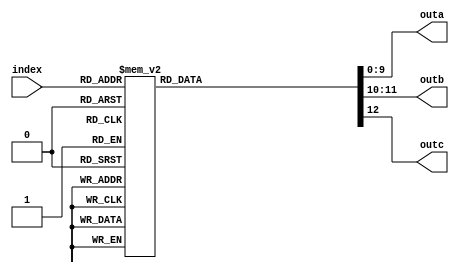
// DESCRIPTION: Verilator: Verilog Test module
//
// This file ONLY is placed into the Public Domain, for any use,
// without warranty, 2005 by Wilson Snyder.

module t_case_huge_sub (/*AUTOARG*/
   // Outputs
   outa, outb, outc,
   // Inputs
   index
   );

   input [7:0] index;
   output [9:0] outa;
   output [1:0] outb;
   output 	outc;

   // =============================
   /*AUTOREG*/
   // Beginning of automatic regs (for this module's undeclared outputs)
   reg [9:0]		outa;
   reg [1:0]		outb;
   reg			outc;
   // End of automatics

   // =============================
   // Created from perl
   // for $i (0..1023) { printf "\t10'h%03x: begin outa = 10'h%03x; outb = 2'b%02b; outc = 1'b%d; end\n", $i, rand(1024),rand(4),rand(2); };

   always @(/*AS*/index) begin
      case (index)
	8'h00: begin outa = 10'h152; outb = 2'b00; outc = 1'b1; end
	8'h01: begin outa = 10'h318; outb = 2'b11; outc = 1'b1; end
	8'h02: begin outa = 10'h29f; outb = 2'b11; outc = 1'b0; end
	8'h03: begin outa = 10'h392; outb = 2'b01; outc = 1'b1; end
	8'h04: begin outa = 10'h1ef; outb = 2'b00; outc = 1'b0; end
	8'h05: begin outa = 10'h06c; outb = 2'b10; outc = 1'b1; end
	8'h06: begin outa = 10'h29f; outb = 2'b11; outc = 1'b0; end
	8'h07: begin outa = 10'h29a; outb = 2'b10; outc = 1'b0; end
	8'h08: begin outa = 10'h3ce; outb = 2'b01; outc = 1'b0; end
	8'h09: begin outa = 10'h37c; outb = 2'b01; outc = 1'b0; end
	8'h0a: begin outa = 10'h058; outb = 2'b10; outc = 1'b0; end
	8'h0b: begin outa = 10'h3b2; outb = 2'b01; outc = 1'b1; end
	8'h0c: begin outa = 10'h36f; outb = 2'b11; outc = 1'b0; end
	8'h0d: begin outa = 10'h2c5; outb = 2'b11; outc = 1'b0; end
	8'h0e: begin outa = 10'h23a; outb = 2'b00; outc = 1'b0; end
	8'h0f: begin outa = 10'h222; outb = 2'b01; outc = 1'b1; end
	8'h10: begin outa = 10'h328; outb = 2'b00; outc = 1'b1; end
	8'h11: begin outa = 10'h3c3; outb = 2'b00; outc = 1'b1; end
	8'h12: begin outa = 10'h12c; outb = 2'b01; outc = 1'b0; end
	8'h13: begin outa = 10'h1d0; outb = 2'b00; outc = 1'b1; end
	8'h14: begin outa = 10'h3ff; outb = 2'b01; outc = 1'b1; end
	8'h15: begin outa = 10'h115; outb = 2'b11; outc = 1'b1; end
	8'h16: begin outa = 10'h3ba; outb = 2'b10; outc = 1'b0; end
	8'h17: begin outa = 10'h3ba; outb = 2'b00; outc = 1'b0; end
	8'h18: begin outa = 10'h10d; outb = 2'b00; outc = 1'b1; end
	8'h19: begin outa = 10'h13b; outb = 2'b01; outc = 1'b1; end
	8'h1a: begin outa = 10'h0a0; outb = 2'b10; outc = 1'b1; end
	8'h1b: begin outa = 10'h264; outb = 2'b11; outc = 1'b0; end
	8'h1c: begin outa = 10'h3a2; outb = 2'b10; outc = 1'b0; end
	8'h1d: begin outa = 10'h07c; outb = 2'b00; outc = 1'b1; end
	8'h1e: begin outa = 10'h291; outb = 2'b00; outc = 1'b0; end
	8'h1f: begin outa = 10'h1d1; outb = 2'b10; outc = 1'b0; end
	8'h20: begin outa = 10'h354; outb = 2'b11; outc = 1'b1; end
	8'h21: begin outa = 10'h0c0; outb = 2'b00; outc = 1'b1; end
	8'h22: begin outa = 10'h191; outb = 2'b00; outc = 1'b0; end
	8'h23: begin outa = 10'h379; outb = 2'b01; outc = 1'b0; end
	8'h24: begin outa = 10'h073; outb = 2'b00; outc = 1'b0; end
	8'h25: begin outa = 10'h2fd; outb = 2'b11; outc = 1'b1; end
	8'h26: begin outa = 10'h2e0; outb = 2'b11; outc = 1'b1; end
	8'h27: begin outa = 10'h337; outb = 2'b01; outc = 1'b1; end
	8'h28: begin outa = 10'h2c7; outb = 2'b11; outc = 1'b1; end
	8'h29: begin outa = 10'h19e; outb = 2'b11; outc = 1'b0; end
	8'h2a: begin outa = 10'h107; outb = 2'b10; outc = 1'b0; end
	8'h2b: begin outa = 10'h06a; outb = 2'b01; outc = 1'b1; end
	8'h2c: begin outa = 10'h1c7; outb = 2'b01; outc = 1'b1; end
	8'h2d: begin outa = 10'h107; outb = 2'b10; outc = 1'b0; end
	8'h2e: begin outa = 10'h0cf; outb = 2'b01; outc = 1'b1; end
	8'h2f: begin outa = 10'h009; outb = 2'b11; outc = 1'b1; end
	8'h30: begin outa = 10'h09d; outb = 2'b00; outc = 1'b1; end
	8'h31: begin outa = 10'h28e; outb = 2'b00; outc = 1'b0; end
	8'h32: begin outa = 10'h010; outb = 2'b01; outc = 1'b0; end
	8'h33: begin outa = 10'h1e0; outb = 2'b10; outc = 1'b0; end
	8'h34: begin outa = 10'h079; outb = 2'b01; outc = 1'b1; end
	8'h35: begin outa = 10'h13e; outb = 2'b10; outc = 1'b1; end
	8'h36: begin outa = 10'h282; outb = 2'b11; outc = 1'b0; end
	8'h37: begin outa = 10'h21c; outb = 2'b11; outc = 1'b1; end
	8'h38: begin outa = 10'h148; outb = 2'b00; outc = 1'b1; end
	8'h39: begin outa = 10'h3c0; outb = 2'b10; outc = 1'b0; end
	8'h3a: begin outa = 10'h176; outb = 2'b01; outc = 1'b1; end
	8'h3b: begin outa = 10'h3fc; outb = 2'b10; outc = 1'b1; end
	8'h3c: begin outa = 10'h295; outb = 2'b11; outc = 1'b1; end
	8'h3d: begin outa = 10'h113; outb = 2'b10; outc = 1'b1; end
	8'h3e: begin outa = 10'h354; outb = 2'b01; outc = 1'b1; end
	8'h3f: begin outa = 10'h0db; outb = 2'b11; outc = 1'b0; end
	8'h40: begin outa = 10'h238; outb = 2'b01; outc = 1'b0; end
	8'h41: begin outa = 10'h12b; outb = 2'b01; outc = 1'b1; end
	8'h42: begin outa = 10'h1dc; outb = 2'b10; outc = 1'b0; end
	8'h43: begin outa = 10'h137; outb = 2'b01; outc = 1'b1; end
	8'h44: begin outa = 10'h1e2; outb = 2'b01; outc = 1'b1; end
	8'h45: begin outa = 10'h3d5; outb = 2'b11; outc = 1'b1; end
	8'h46: begin outa = 10'h30c; outb = 2'b11; outc = 1'b0; end
	8'h47: begin outa = 10'h298; outb = 2'b11; outc = 1'b0; end
	8'h48: begin outa = 10'h080; outb = 2'b00; outc = 1'b1; end
	8'h49: begin outa = 10'h35a; outb = 2'b11; outc = 1'b1; end
	8'h4a: begin outa = 10'h01b; outb = 2'b00; outc = 1'b0; end
	8'h4b: begin outa = 10'h0a3; outb = 2'b11; outc = 1'b0; end
	8'h4c: begin outa = 10'h0b3; outb = 2'b11; outc = 1'b1; end
	8'h4d: begin outa = 10'h17a; outb = 2'b00; outc = 1'b0; end
	8'h4e: begin outa = 10'h3ae; outb = 2'b11; outc = 1'b0; end
	8'h4f: begin outa = 10'h078; outb = 2'b11; outc = 1'b0; end
	8'h50: begin outa = 10'h322; outb = 2'b00; outc = 1'b1; end
	8'h51: begin outa = 10'h213; outb = 2'b11; outc = 1'b0; end
	8'h52: begin outa = 10'h11a; outb = 2'b11; outc = 1'b0; end
	8'h53: begin outa = 10'h1a7; outb = 2'b00; outc = 1'b0; end
	8'h54: begin outa = 10'h35a; outb = 2'b00; outc = 1'b1; end
	8'h55: begin outa = 10'h233; outb = 2'b00; outc = 1'b0; end
	8'h56: begin outa = 10'h01d; outb = 2'b01; outc = 1'b1; end
	8'h57: begin outa = 10'h2d5; outb = 2'b00; outc = 1'b0; end
	8'h58: begin outa = 10'h1a0; outb = 2'b00; outc = 1'b1; end
	8'h59: begin outa = 10'h3d0; outb = 2'b00; outc = 1'b1; end
	8'h5a: begin outa = 10'h181; outb = 2'b01; outc = 1'b1; end
	8'h5b: begin outa = 10'h219; outb = 2'b01; outc = 1'b1; end
	8'h5c: begin outa = 10'h26a; outb = 2'b01; outc = 1'b1; end
	8'h5d: begin outa = 10'h050; outb = 2'b10; outc = 1'b0; end
	8'h5e: begin outa = 10'h189; outb = 2'b10; outc = 1'b0; end
	8'h5f: begin outa = 10'h1eb; outb = 2'b01; outc = 1'b1; end
	8'h60: begin outa = 10'h224; outb = 2'b00; outc = 1'b1; end
	8'h61: begin outa = 10'h2fe; outb = 2'b00; outc = 1'b0; end
	8'h62: begin outa = 10'h0ae; outb = 2'b00; outc = 1'b1; end
	8'h63: begin outa = 10'h1cd; outb = 2'b00; outc = 1'b0; end
	8'h64: begin outa = 10'h273; outb = 2'b10; outc = 1'b1; end
	8'h65: begin outa = 10'h268; outb = 2'b10; outc = 1'b0; end
	8'h66: begin outa = 10'h111; outb = 2'b01; outc = 1'b0; end
	8'h67: begin outa = 10'h1f9; outb = 2'b00; outc = 1'b0; end
	8'h68: begin outa = 10'h232; outb = 2'b00; outc = 1'b1; end
	8'h69: begin outa = 10'h255; outb = 2'b11; outc = 1'b0; end
	8'h6a: begin outa = 10'h34c; outb = 2'b01; outc = 1'b1; end
	8'h6b: begin outa = 10'h049; outb = 2'b01; outc = 1'b1; end
	8'h6c: begin outa = 10'h197; outb = 2'b11; outc = 1'b0; end
	8'h6d: begin outa = 10'h0fe; outb = 2'b11; outc = 1'b0; end
	8'h6e: begin outa = 10'h253; outb = 2'b01; outc = 1'b1; end
	8'h6f: begin outa = 10'h2de; outb = 2'b11; outc = 1'b0; end
	8'h70: begin outa = 10'h13b; outb = 2'b10; outc = 1'b1; end
	8'h71: begin outa = 10'h040; outb = 2'b10; outc = 1'b0; end
	8'h72: begin outa = 10'h0b4; outb = 2'b00; outc = 1'b1; end
	8'h73: begin outa = 10'h233; outb = 2'b11; outc = 1'b1; end
	8'h74: begin outa = 10'h198; outb = 2'b00; outc = 1'b1; end
	8'h75: begin outa = 10'h018; outb = 2'b00; outc = 1'b1; end
	8'h76: begin outa = 10'h2f7; outb = 2'b00; outc = 1'b1; end
	8'h77: begin outa = 10'h134; outb = 2'b11; outc = 1'b0; end
	8'h78: begin outa = 10'h1ca; outb = 2'b10; outc = 1'b0; end
	8'h79: begin outa = 10'h286; outb = 2'b10; outc = 1'b1; end
	8'h7a: begin outa = 10'h0e6; outb = 2'b11; outc = 1'b1; end
	8'h7b: begin outa = 10'h064; outb = 2'b10; outc = 1'b1; end
	8'h7c: begin outa = 10'h257; outb = 2'b00; outc = 1'b1; end
	8'h7d: begin outa = 10'h31a; outb = 2'b10; outc = 1'b1; end
	8'h7e: begin outa = 10'h247; outb = 2'b01; outc = 1'b0; end
	8'h7f: begin outa = 10'h299; outb = 2'b00; outc = 1'b0; end
	8'h80: begin outa = 10'h02c; outb = 2'b00; outc = 1'b0; end
	8'h81: begin outa = 10'h2bb; outb = 2'b11; outc = 1'b0; end
	8'h82: begin outa = 10'h180; outb = 2'b10; outc = 1'b0; end
	8'h83: begin outa = 10'h245; outb = 2'b01; outc = 1'b1; end
	8'h84: begin outa = 10'h0da; outb = 2'b10; outc = 1'b0; end
	8'h85: begin outa = 10'h367; outb = 2'b10; outc = 1'b0; end
	8'h86: begin outa = 10'h304; outb = 2'b01; outc = 1'b0; end
	8'h87: begin outa = 10'h38b; outb = 2'b11; outc = 1'b0; end
	8'h88: begin outa = 10'h09f; outb = 2'b01; outc = 1'b0; end
	8'h89: begin outa = 10'h1f0; outb = 2'b10; outc = 1'b1; end
	8'h8a: begin outa = 10'h281; outb = 2'b10; outc = 1'b1; end
	8'h8b: begin outa = 10'h019; outb = 2'b00; outc = 1'b0; end
	8'h8c: begin outa = 10'h1f2; outb = 2'b10; outc = 1'b0; end
	8'h8d: begin outa = 10'h0b1; outb = 2'b01; outc = 1'b1; end
	8'h8e: begin outa = 10'h058; outb = 2'b01; outc = 1'b1; end
	8'h8f: begin outa = 10'h39b; outb = 2'b00; outc = 1'b1; end
	8'h90: begin outa = 10'h2ec; outb = 2'b10; outc = 1'b1; end
	8'h91: begin outa = 10'h250; outb = 2'b00; outc = 1'b1; end
	8'h92: begin outa = 10'h3f4; outb = 2'b10; outc = 1'b1; end
	8'h93: begin outa = 10'h057; outb = 2'b10; outc = 1'b1; end
	8'h94: begin outa = 10'h18f; outb = 2'b01; outc = 1'b1; end
	8'h95: begin outa = 10'h105; outb = 2'b01; outc = 1'b1; end
	8'h96: begin outa = 10'h1ae; outb = 2'b00; outc = 1'b1; end
	8'h97: begin outa = 10'h04e; outb = 2'b10; outc = 1'b0; end
	8'h98: begin outa = 10'h240; outb = 2'b11; outc = 1'b0; end
	8'h99: begin outa = 10'h3e4; outb = 2'b01; outc = 1'b0; end
	8'h9a: begin outa = 10'h3c6; outb = 2'b01; outc = 1'b0; end
	8'h9b: begin outa = 10'h109; outb = 2'b00; outc = 1'b1; end
	8'h9c: begin outa = 10'h073; outb = 2'b10; outc = 1'b1; end
	8'h9d: begin outa = 10'h19f; outb = 2'b01; outc = 1'b0; end
	8'h9e: begin outa = 10'h3b8; outb = 2'b01; outc = 1'b0; end
	8'h9f: begin outa = 10'h00e; outb = 2'b00; outc = 1'b1; end
	8'ha0: begin outa = 10'h1b3; outb = 2'b11; outc = 1'b1; end
	8'ha1: begin outa = 10'h2bd; outb = 2'b11; outc = 1'b0; end
	8'ha2: begin outa = 10'h324; outb = 2'b00; outc = 1'b1; end
	8'ha3: begin outa = 10'h343; outb = 2'b10; outc = 1'b0; end
	8'ha4: begin outa = 10'h1c9; outb = 2'b01; outc = 1'b0; end
	8'ha5: begin outa = 10'h185; outb = 2'b00; outc = 1'b1; end
	8'ha6: begin outa = 10'h37a; outb = 2'b00; outc = 1'b1; end
	8'ha7: begin outa = 10'h0e0; outb = 2'b01; outc = 1'b1; end
	8'ha8: begin outa = 10'h0a3; outb = 2'b10; outc = 1'b0; end
	8'ha9: begin outa = 10'h019; outb = 2'b11; outc = 1'b0; end
	8'haa: begin outa = 10'h099; outb = 2'b00; outc = 1'b1; end
	8'hab: begin outa = 10'h376; outb = 2'b01; outc = 1'b1; end
	8'hac: begin outa = 10'h077; outb = 2'b00; outc = 1'b1; end
	8'had: begin outa = 10'h2b1; outb = 2'b11; outc = 1'b1; end
	8'hae: begin outa = 10'h27f; outb = 2'b00; outc = 1'b0; end
	8'haf: begin outa = 10'h265; outb = 2'b11; outc = 1'b0; end
	8'hb0: begin outa = 10'h156; outb = 2'b10; outc = 1'b1; end
	8'hb1: begin outa = 10'h1ce; outb = 2'b00; outc = 1'b0; end
	8'hb2: begin outa = 10'h008; outb = 2'b01; outc = 1'b0; end
	8'hb3: begin outa = 10'h12e; outb = 2'b11; outc = 1'b1; end
	8'hb4: begin outa = 10'h199; outb = 2'b11; outc = 1'b0; end
	8'hb5: begin outa = 10'h330; outb = 2'b10; outc = 1'b0; end
	8'hb6: begin outa = 10'h1ab; outb = 2'b01; outc = 1'b1; end
	8'hb7: begin outa = 10'h3bd; outb = 2'b00; outc = 1'b0; end
	8'hb8: begin outa = 10'h0ca; outb = 2'b10; outc = 1'b0; end
	8'hb9: begin outa = 10'h367; outb = 2'b00; outc = 1'b0; end
	8'hba: begin outa = 10'h334; outb = 2'b00; outc = 1'b0; end
	8'hbb: begin outa = 10'h040; outb = 2'b00; outc = 1'b1; end
	8'hbc: begin outa = 10'h1a7; outb = 2'b10; outc = 1'b1; end
	8'hbd: begin outa = 10'h036; outb = 2'b11; outc = 1'b1; end
	8'hbe: begin outa = 10'h223; outb = 2'b11; outc = 1'b1; end
	8'hbf: begin outa = 10'h075; outb = 2'b01; outc = 1'b0; end
	8'hc0: begin outa = 10'h3c4; outb = 2'b00; outc = 1'b1; end
	8'hc1: begin outa = 10'h2cc; outb = 2'b01; outc = 1'b0; end
	8'hc2: begin outa = 10'h123; outb = 2'b01; outc = 1'b0; end
	8'hc3: begin outa = 10'h3fd; outb = 2'b01; outc = 1'b1; end
	8'hc4: begin outa = 10'h11e; outb = 2'b00; outc = 1'b0; end
	8'hc5: begin outa = 10'h27c; outb = 2'b11; outc = 1'b1; end
	8'hc6: begin outa = 10'h1e2; outb = 2'b11; outc = 1'b0; end
	8'hc7: begin outa = 10'h377; outb = 2'b11; outc = 1'b0; end
	8'hc8: begin outa = 10'h33a; outb = 2'b11; outc = 1'b0; end
	8'hc9: begin outa = 10'h32d; outb = 2'b11; outc = 1'b1; end
	8'hca: begin outa = 10'h014; outb = 2'b11; outc = 1'b0; end
	8'hcb: begin outa = 10'h332; outb = 2'b10; outc = 1'b0; end
	8'hcc: begin outa = 10'h359; outb = 2'b00; outc = 1'b0; end
	8'hcd: begin outa = 10'h0a4; outb = 2'b10; outc = 1'b1; end
	8'hce: begin outa = 10'h348; outb = 2'b00; outc = 1'b1; end
	8'hcf: begin outa = 10'h04b; outb = 2'b11; outc = 1'b1; end
	8'hd0: begin outa = 10'h147; outb = 2'b10; outc = 1'b1; end
	8'hd1: begin outa = 10'h026; outb = 2'b00; outc = 1'b1; end
	8'hd2: begin outa = 10'h103; outb = 2'b00; outc = 1'b0; end
	8'hd3: begin outa = 10'h106; outb = 2'b00; outc = 1'b1; end
	8'hd4: begin outa = 10'h35a; outb = 2'b00; outc = 1'b0; end
	8'hd5: begin outa = 10'h254; outb = 2'b01; outc = 1'b0; end
	8'hd6: begin outa = 10'h0cd; outb = 2'b01; outc = 1'b0; end
	8'hd7: begin outa = 10'h17c; outb = 2'b11; outc = 1'b1; end
	8'hd8: begin outa = 10'h37e; outb = 2'b10; outc = 1'b1; end
	8'hd9: begin outa = 10'h0a9; outb = 2'b11; outc = 1'b1; end
	8'hda: begin outa = 10'h0fe; outb = 2'b01; outc = 1'b0; end
	8'hdb: begin outa = 10'h3c0; outb = 2'b11; outc = 1'b1; end
	8'hdc: begin outa = 10'h1d9; outb = 2'b10; outc = 1'b1; end
	8'hdd: begin outa = 10'h10e; outb = 2'b00; outc = 1'b1; end
	8'hde: begin outa = 10'h394; outb = 2'b01; outc = 1'b0; end
	8'hdf: begin outa = 10'h316; outb = 2'b01; outc = 1'b0; end
	8'he0: begin outa = 10'h05b; outb = 2'b11; outc = 1'b0; end
	8'he1: begin outa = 10'h126; outb = 2'b01; outc = 1'b1; end
	8'he2: begin outa = 10'h369; outb = 2'b11; outc = 1'b0; end
	8'he3: begin outa = 10'h291; outb = 2'b10; outc = 1'b1; end
	8'he4: begin outa = 10'h2ca; outb = 2'b00; outc = 1'b1; end
	8'he5: begin outa = 10'h25b; outb = 2'b01; outc = 1'b1; end
	8'he6: begin outa = 10'h106; outb = 2'b00; outc = 1'b0; end
	8'he7: begin outa = 10'h172; outb = 2'b11; outc = 1'b1; end
	8'he8: begin outa = 10'h2f7; outb = 2'b00; outc = 1'b1; end
	8'he9: begin outa = 10'h2d3; outb = 2'b11; outc = 1'b1; end
	8'hea: begin outa = 10'h182; outb = 2'b00; outc = 1'b0; end
	8'heb: begin outa = 10'h327; outb = 2'b00; outc = 1'b1; end
	8'hec: begin outa = 10'h1d0; outb = 2'b10; outc = 1'b0; end
	8'hed: begin outa = 10'h204; outb = 2'b00; outc = 1'b1; end
	8'hee: begin outa = 10'h11f; outb = 2'b00; outc = 1'b1; end
	8'hef: begin outa = 10'h365; outb = 2'b11; outc = 1'b1; end
	8'hf0: begin outa = 10'h2c2; outb = 2'b01; outc = 1'b1; end
	8'hf1: begin outa = 10'h2b5; outb = 2'b10; outc = 1'b0; end
	8'hf2: begin outa = 10'h1f8; outb = 2'b10; outc = 1'b1; end
	8'hf3: begin outa = 10'h2a7; outb = 2'b01; outc = 1'b1; end
	8'hf4: begin outa = 10'h1be; outb = 2'b10; outc = 1'b1; end
	8'hf5: begin outa = 10'h25e; outb = 2'b10; outc = 1'b1; end
	8'hf6: begin outa = 10'h032; outb = 2'b10; outc = 1'b0; end
	8'hf7: begin outa = 10'h2ef; outb = 2'b00; outc = 1'b0; end
	8'hf8: begin outa = 10'h02f; outb = 2'b00; outc = 1'b1; end
	8'hf9: begin outa = 10'h201; outb = 2'b10; outc = 1'b0; end
	8'hfa: begin outa = 10'h054; outb = 2'b01; outc = 1'b1; end
	8'hfb: begin outa = 10'h013; outb = 2'b10; outc = 1'b0; end
	8'hfc: begin outa = 10'h249; outb = 2'b01; outc = 1'b0; end
	8'hfd: begin outa = 10'h09a; outb = 2'b10; outc = 1'b0; end
	8'hfe: begin outa = 10'h012; outb = 2'b00; outc = 1'b0; end
	8'hff: begin outa = 10'h114; outb = 2'b10; outc = 1'b1; end
      endcase
   end
endmodule